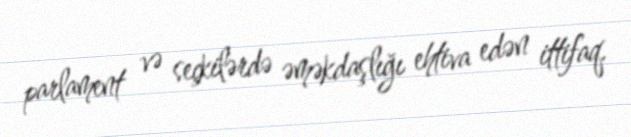
parlament və seçkilərdə əməkdaşlığı ehtiva edən ittifaq.